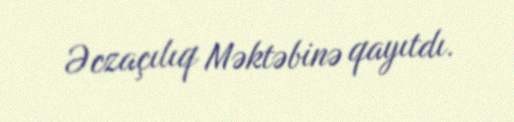
Əczaçılıq Məktəbinə qayıtdı.